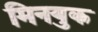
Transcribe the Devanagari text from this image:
मिनयुक